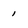
Character: 1